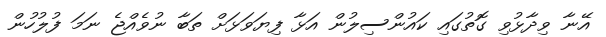
އޭނާ ވިދާޅުވި ގޮތުގައި ކައުންސިލުން އަޅާ ފިޔަވަޅަށް ތަބާ ނުވެއްޖެ ނަމަ ފުލުހުން